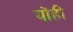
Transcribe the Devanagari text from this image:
योंही